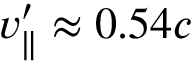
v _ { \parallel } ^ { \prime } \approx 0 . 5 4 c